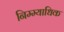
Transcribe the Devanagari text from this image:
निम्म्याधिक